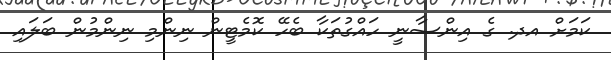
ކަމަށް އދ. ގެ އިންސާނީ ހައްގުތަކާ ބެހޭ ކޮމެޓީން ނިންމި ނިންމުން ބަލައި